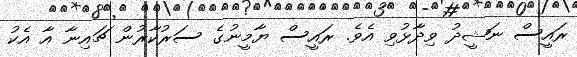
ރައީސް ނަޝީދު ވިދާޅުވި އެވެ. ރައީސް ޔާމީނުގެ ސަރުކާރުން ޗައިނާ އާ އެކު